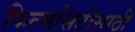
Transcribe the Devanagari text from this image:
फिल्मसिटीसाठी